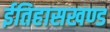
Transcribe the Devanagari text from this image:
ईतिहासखण्ड